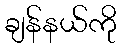
ချန်နယ်ကို